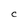
Character: C